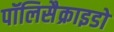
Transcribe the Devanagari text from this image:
पॉलिसैक्राइडो